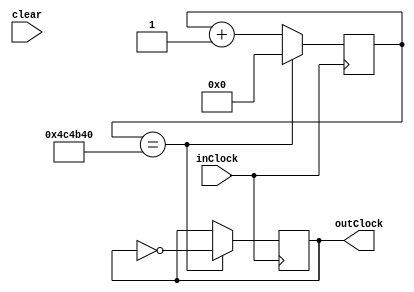
module clk(
	input inClock,
	output reg outClock,
	input clear    // active low clear
);
	
	//parameter IN_CLOCK  = (50000000)*10; // 50 MHz, multiply by 10
	parameter IN_CLOCK  = (50000000); 	// 50 MHz
	parameter OUT_CLOCK =  5; 				// 1 Hz

	parameter COUNT_MAX   = (IN_CLOCK / OUT_CLOCK)/2;  // Half period
	parameter CLOCK_WIDTH = $clog2(IN_CLOCK / OUT_CLOCK); 
	
	reg [CLOCK_WIDTH:0] counter;
	
	initial begin
		counter <=0;
		outClock <=0;
	end
	always @(posedge inClock)
//		if(clear == 1'b0) begin
//			counter <= 0;
//			outClock <= 0;
//		end
		begin
			if(counter == COUNT_MAX) begin
				outClock = ~outClock;
				counter <= 0;
			end
			else 
				counter <= counter + 1;
		end

endmodule